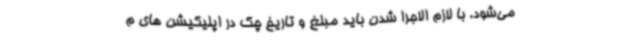
می‌شود. با لازم الاجرا شدن باید مبلغ و تاریخ چک در اپلیکیشن های م